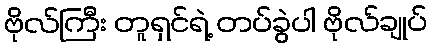
ဗိုလ်ကြီး တူရှင်ရဲ့ တပ်ခွဲပါ ဗိုလ်ချုပ်